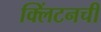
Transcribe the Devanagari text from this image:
क्लिंटनची